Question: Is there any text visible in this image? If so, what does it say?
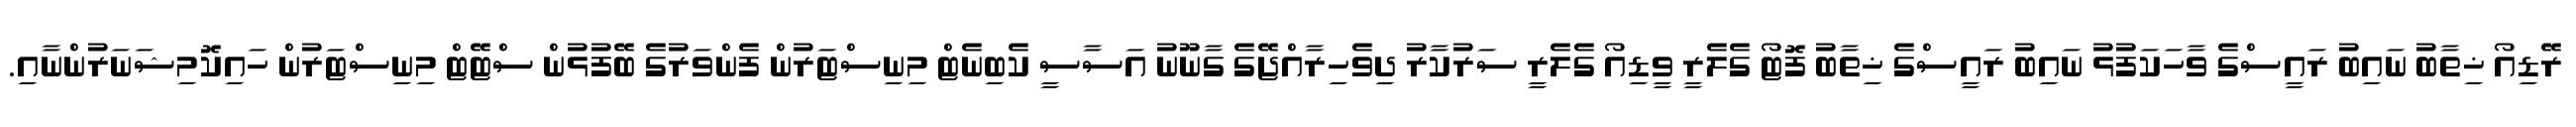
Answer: ރޭޑިއޯ ޚިތާބު ނައިބު ރައީސްގެ ވާހަކަފުޅު ނައިބު ރައީސްގެ ޚިތާބު ފޮޓޯ ގެލެރީ ވީޑިއޯ ގެލެރީ ސަރުކާރު ދިވެހިރާއްޖޭގެ ގާނޫނު އަސާސީ ކެބިނެޓް މިނިސްޓަރުން ފެންވަރުގެ ބޭފުޅުން ސްޓޭޓް މިނިސްޓަރުން ހައިކޮމިޝަނަރުންނާއި.